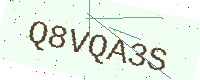
Text: Q8VQA3S